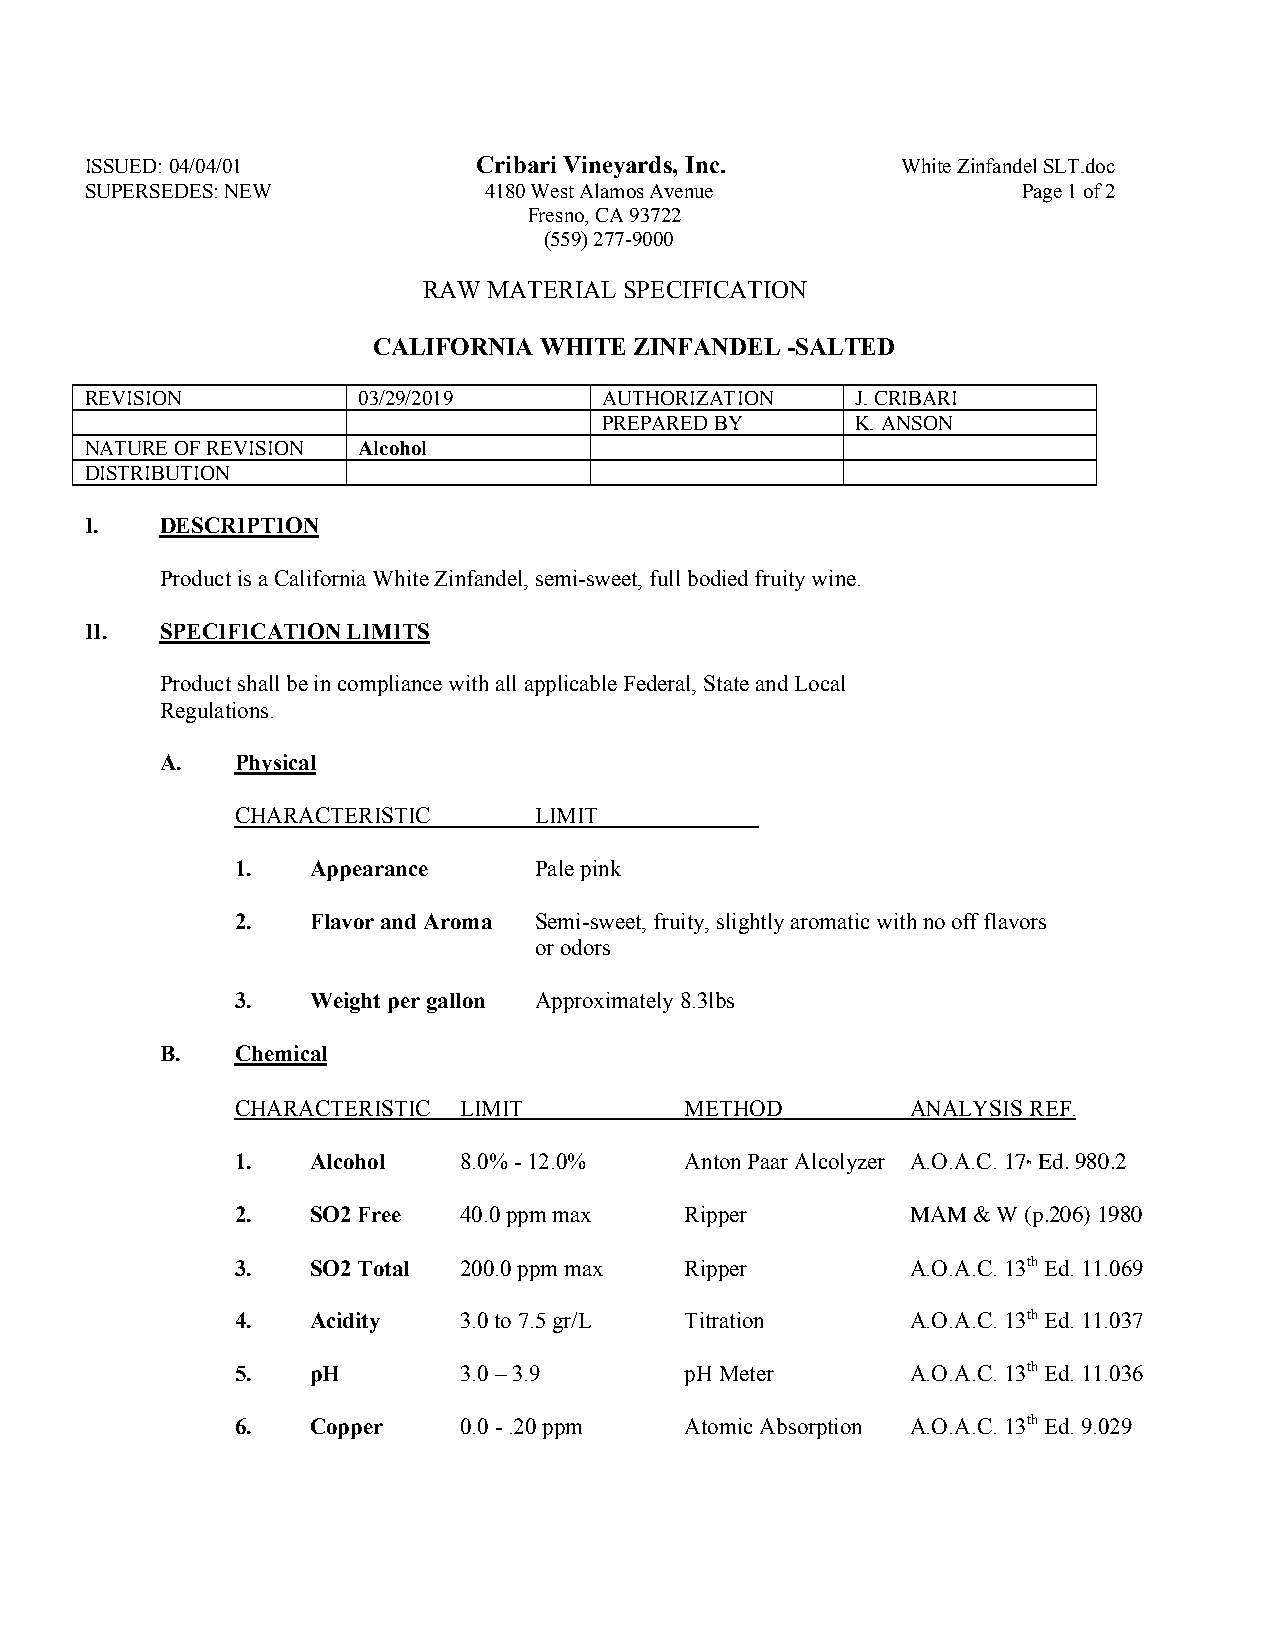
ISSUED: 04/04/01          Cribari Vineyards, Inc.     White Zinfandel SLT.doc
 SUPERSEDES: NEW           4180 West Alamos Avenue             Page 1 of 2
 Fresno, CA 93722
 (559) 277-9000
 RAW MATERIAL SPECIFICATION
 CALIFORNIA WHITE ZINFANDEL -SALTED
 REVISION          03/29/2019      AUTHORIZATION    J. CRIBARI
 PREPARED BY      K. ANSON
 NATURE OF REVISION Alcohol
 DISTRIBUTION
 I.   DESCRIPTION
 Product is a California White Zinfandel, semi-sweet, full bodied fruity wine.
 II.  SPECIFICATION LIMITS
 Product shall be in compliance with all applicable Federal, State and Local
 Regulations.
 A.   Physical
 CHARACTERISTIC     LIMIT
 1.  Appearance     Pale pink
 2.  Flavor and Aroma Semi-sweet, fruity, slightly aromatic with no off flavors
 or odors
 3.  Weight per gallon Approximately 8.3lbs
 B.   Chemical
 CHARACTERISTIC LIMIT         METHOD         ANALYSIS REF.
 1.  Alcohol   8.0% - 12.0%   Anton Paar Alcolyzer A.O.A.C. 17 Ed. 980.2
 th
 2.  SO2 Free  40.0 ppm max   Ripper         MAM & W (p.206) 1980
 3.  SO2 Total 200.0 ppm max  Ripper         A.O.A.C. 13th Ed. 11.069
 4.  Acidity   3.0 to 7.5 gr/L Titration     A.O.A.C. 13th Ed. 11.037
 5.  pH        3.0 – 3.9      pH Meter       A.O.A.C. 13th Ed. 11.036
 6.  Copper    0.0 - .20 ppm  Atomic Absorption A.O.A.C. 13th Ed. 9.029